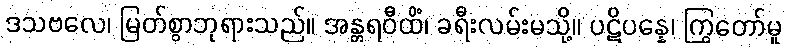
ဒသဗလေ၊ မြတ်စွာဘုရားသည်။ အန္တရဝီထိံ၊ ခရီးလမ်းမသို့။ ပဋိပန္နေ၊ ကြွတော်မူ